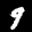
Label: 9